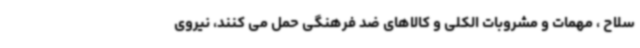
سلاح ، مهمات و مشروبات الکلی و کالاهای ضد فرهنگی حمل می کنند، نیروی